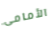
الأمامى